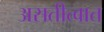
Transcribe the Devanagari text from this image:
असतीत्वात